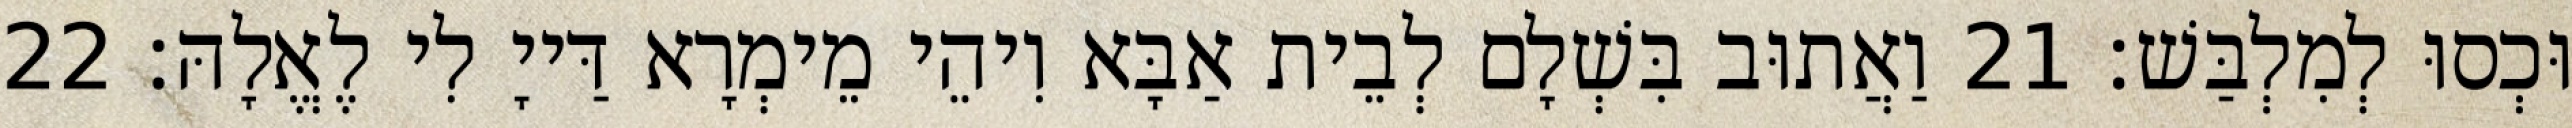
וּכְסוּ לְמִלְבַּשׁ׃ 21 וַאֲתוּב בִּשְׁלָם לְבֵית אַבָּא וִיהֵי מֵימְרָא דַּייָ לִי לֶאֱלָהּ׃ 22